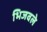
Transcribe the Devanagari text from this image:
भिजवले